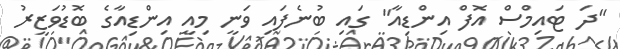
"ދަ ޓައިމްސް އޮފް އިންޑިއާ" ގައި ބުނެފައި ވަނީ މިއީ އިންޑިއާގެ ބޮޑުވަޒީރު